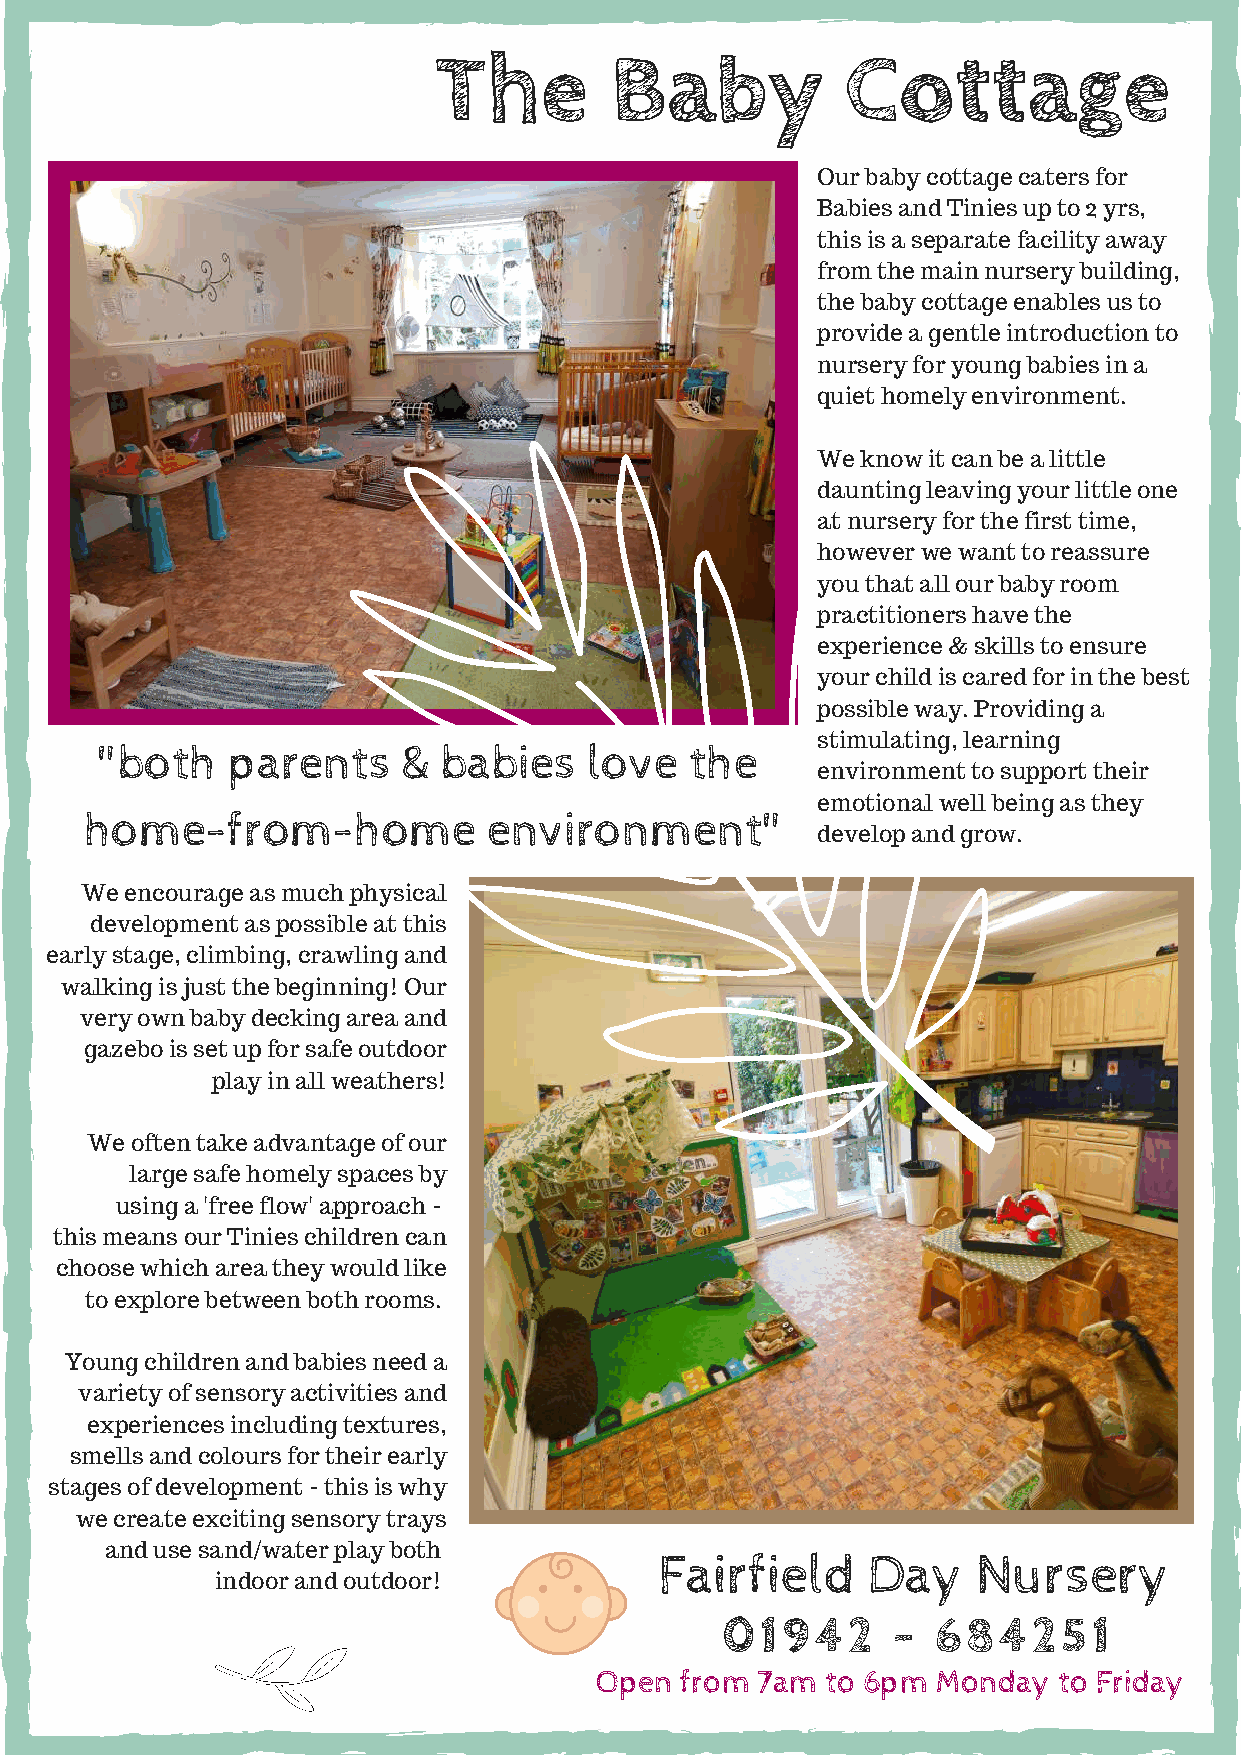
The        Baby            Cottage
 Our baby cottage caters for
 Babies and Tinies up to 2 yrs,
 this is a separate facility away
 from the main nursery building,
 the baby cottage enables us to
 provide a gentle introduction to
 nursery for young babies in a
 quiet homely environment.
 We know it can be a little
 daunting leaving your little one
 at nursery for the first time,
 however we want to reassure
 you that all our baby room
 practitioners have the
 experience & skills to ensure
 your child is cared for in the best
 possible way. Providing a
 stimulating, learning
 "both   parents     & babies    love   the
 environment to support their
 emotional well being as they
 home-from-home            environment"
 develop and grow.
 We encourage as much physical
 development as possible at this
 early stage, climbing, crawling and
 walking is just the beginning! Our
 very own baby decking area and
 gazebo is set up for safe outdoor
 play in all weathers!
 We often take advantage of our
 large safe homely spaces by
 using a 'free flow' approach -
 this means our Tinies children can
 choose which area they would like
 to explore between both rooms.
 Young children and babies need a
 variety of sensory activities and
 experiences including textures,
 smells and colours for their early
 stages of development - this is why
 we create exciting sensory trays
 and use sand/water play both
 Fairfield    Day     Nursery
 indoor and outdoor!
 01942      -  684251
 Open  from 7am  to 6pm Monday  to Friday